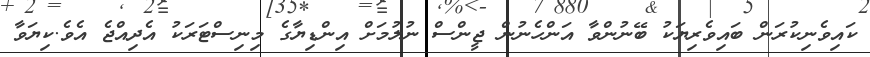
ކައިވެނިކުރަން ބައިވެރިޔަކު ބޭނުންވާ އަންހެނުން ޖީންސް ނުލުމަށް އިންޑިޔާގެ މިނިސްޓަރަކު އެދިއްޖެ އެވެ.ކިޔަވާ